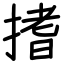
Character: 搘